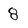
Character: 8